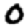
Digit: 0